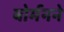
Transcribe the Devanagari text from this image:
बोर्मनने